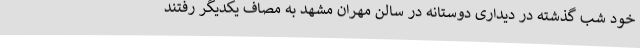
خود شب گذشته در دیداری دوستانه در سالن مهران مشهد به مصاف یکدیگر رفتند